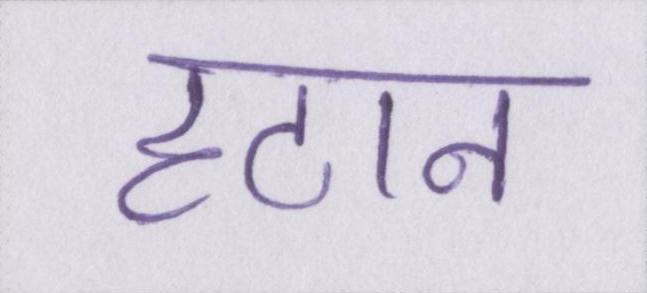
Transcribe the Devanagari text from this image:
हटान